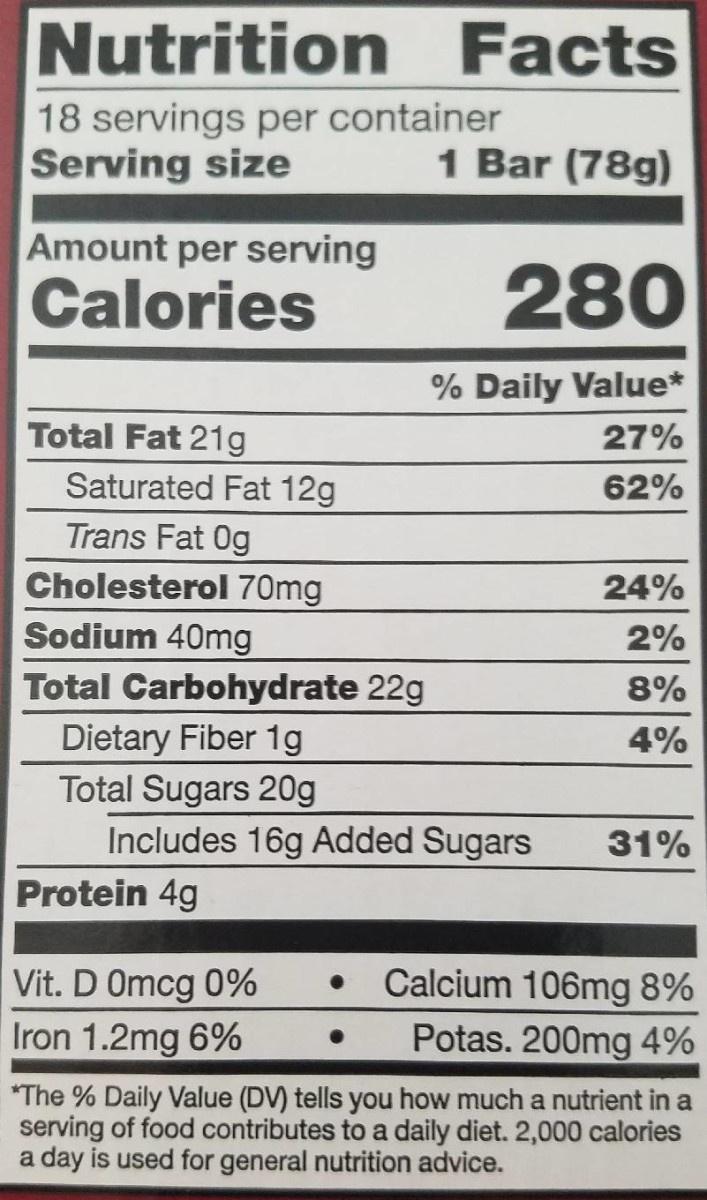
Nutrition
Facts
18 servings per container Serving size
1 Bar (78g)
Amount per serving
Calories
280
% Daily Value*
Total Fat 21g
27%
Saturated Fat 12g
62%
Trans Fat 0g
Cholesterol 70mg
24%
Sodium 40mg
2%
Total Carbohydrate 22g
8%
Dietary Fiber 1g Total Sugars 20g
4%
Includes 16g Added Sugars
31%
Protein 4g
Vit. D Omcg 0%
Calcium 106mg 8%
Iron 1.2mg 6%
Potas. 200mg 4%
*The % Daily Value (DV) tells you how much a nutrient in a serving of food contributes to a daily diet. 2,000 calories a day is used for general nutrition advice.